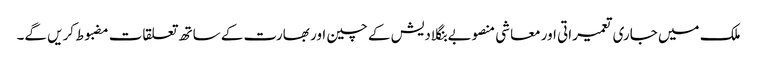
ملک میں جاری تعمیراتی اور معاشی منصوبے بنگلادیش کے چین اور بھارت کے ساتھ تعلقات مضبوط کریں گے۔